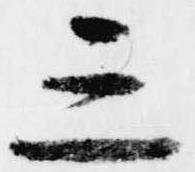
三